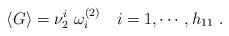
LaTeX: \begin{align*}\langle G\rangle = \nu^i_2\ \omega^{(2)}_i \quad i=1, \cdots, h_{11}\ . \end{align*}